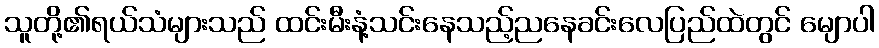
သူတို့၏ရယ်သံများသည် ထင်းမီးနံ့သင်းနေသည့်ညနေခင်းလေပြည်ထဲတွင် မျောပါ